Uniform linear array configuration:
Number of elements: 16
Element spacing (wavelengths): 0.5
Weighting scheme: kaiser
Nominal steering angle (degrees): -60
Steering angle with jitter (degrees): -61.403
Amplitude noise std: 0.05
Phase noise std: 0.05

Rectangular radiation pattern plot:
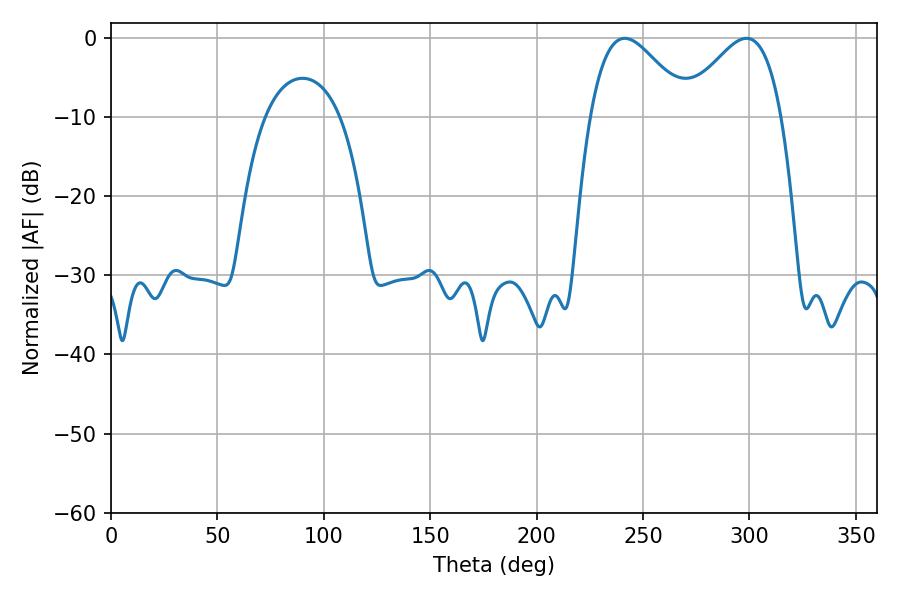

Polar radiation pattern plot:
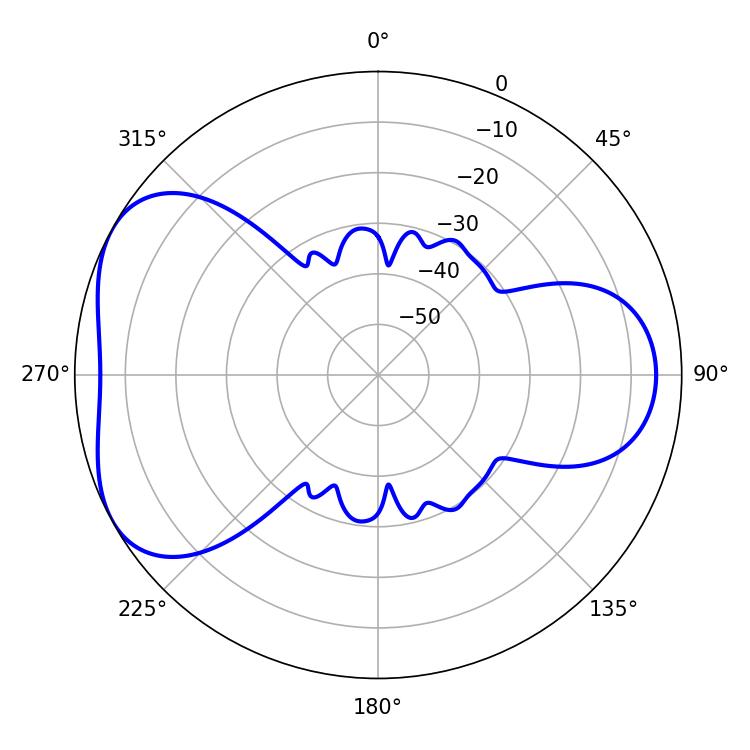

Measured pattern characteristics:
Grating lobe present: FALSE
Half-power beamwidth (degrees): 24.84
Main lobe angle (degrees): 241.38